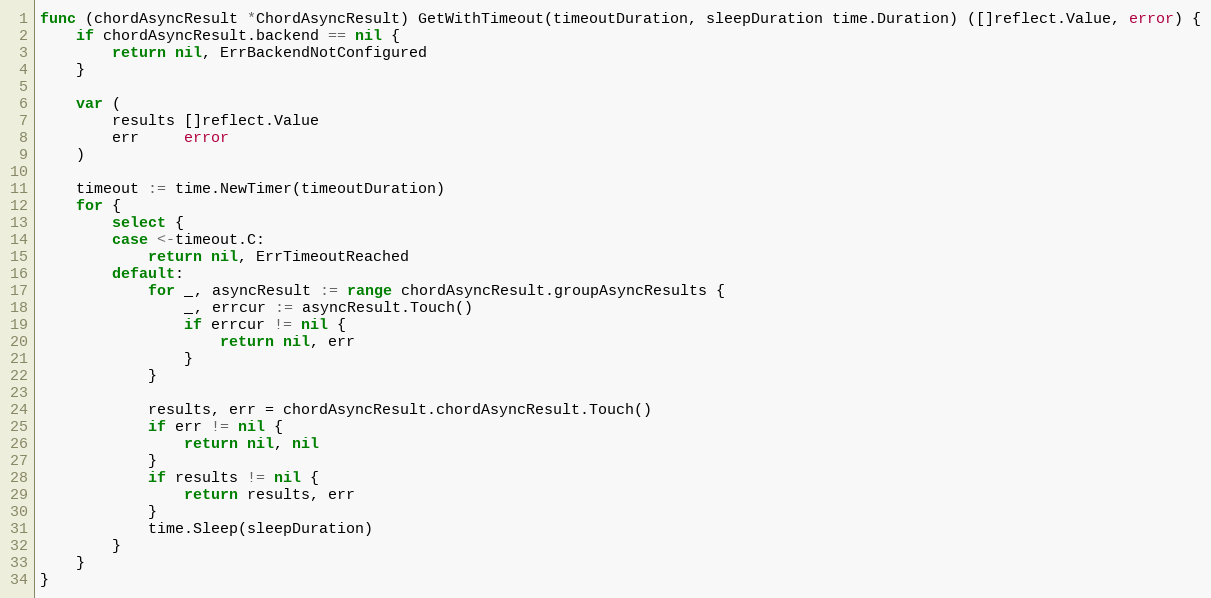
Language: Go
func (chordAsyncResult *ChordAsyncResult) GetWithTimeout(timeoutDuration, sleepDuration time.Duration) ([]reflect.Value, error) {
	if chordAsyncResult.backend == nil {
		return nil, ErrBackendNotConfigured
	}

	var (
		results []reflect.Value
		err     error
	)

	timeout := time.NewTimer(timeoutDuration)
	for {
		select {
		case <-timeout.C:
			return nil, ErrTimeoutReached
		default:
			for _, asyncResult := range chordAsyncResult.groupAsyncResults {
				_, errcur := asyncResult.Touch()
				if errcur != nil {
					return nil, err
				}
			}

			results, err = chordAsyncResult.chordAsyncResult.Touch()
			if err != nil {
				return nil, nil
			}
			if results != nil {
				return results, err
			}
			time.Sleep(sleepDuration)
		}
	}
}